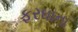
ફરઘાના